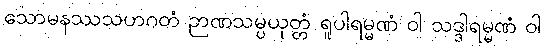
သောမနဿသဟဂတံ ဉာဏသမ္ပယုတ္တံ ရူပါရမ္မဏံ ဝါ သဒ္ဒါရမ္မဏံ ဝါ